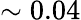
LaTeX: \sim 0.04